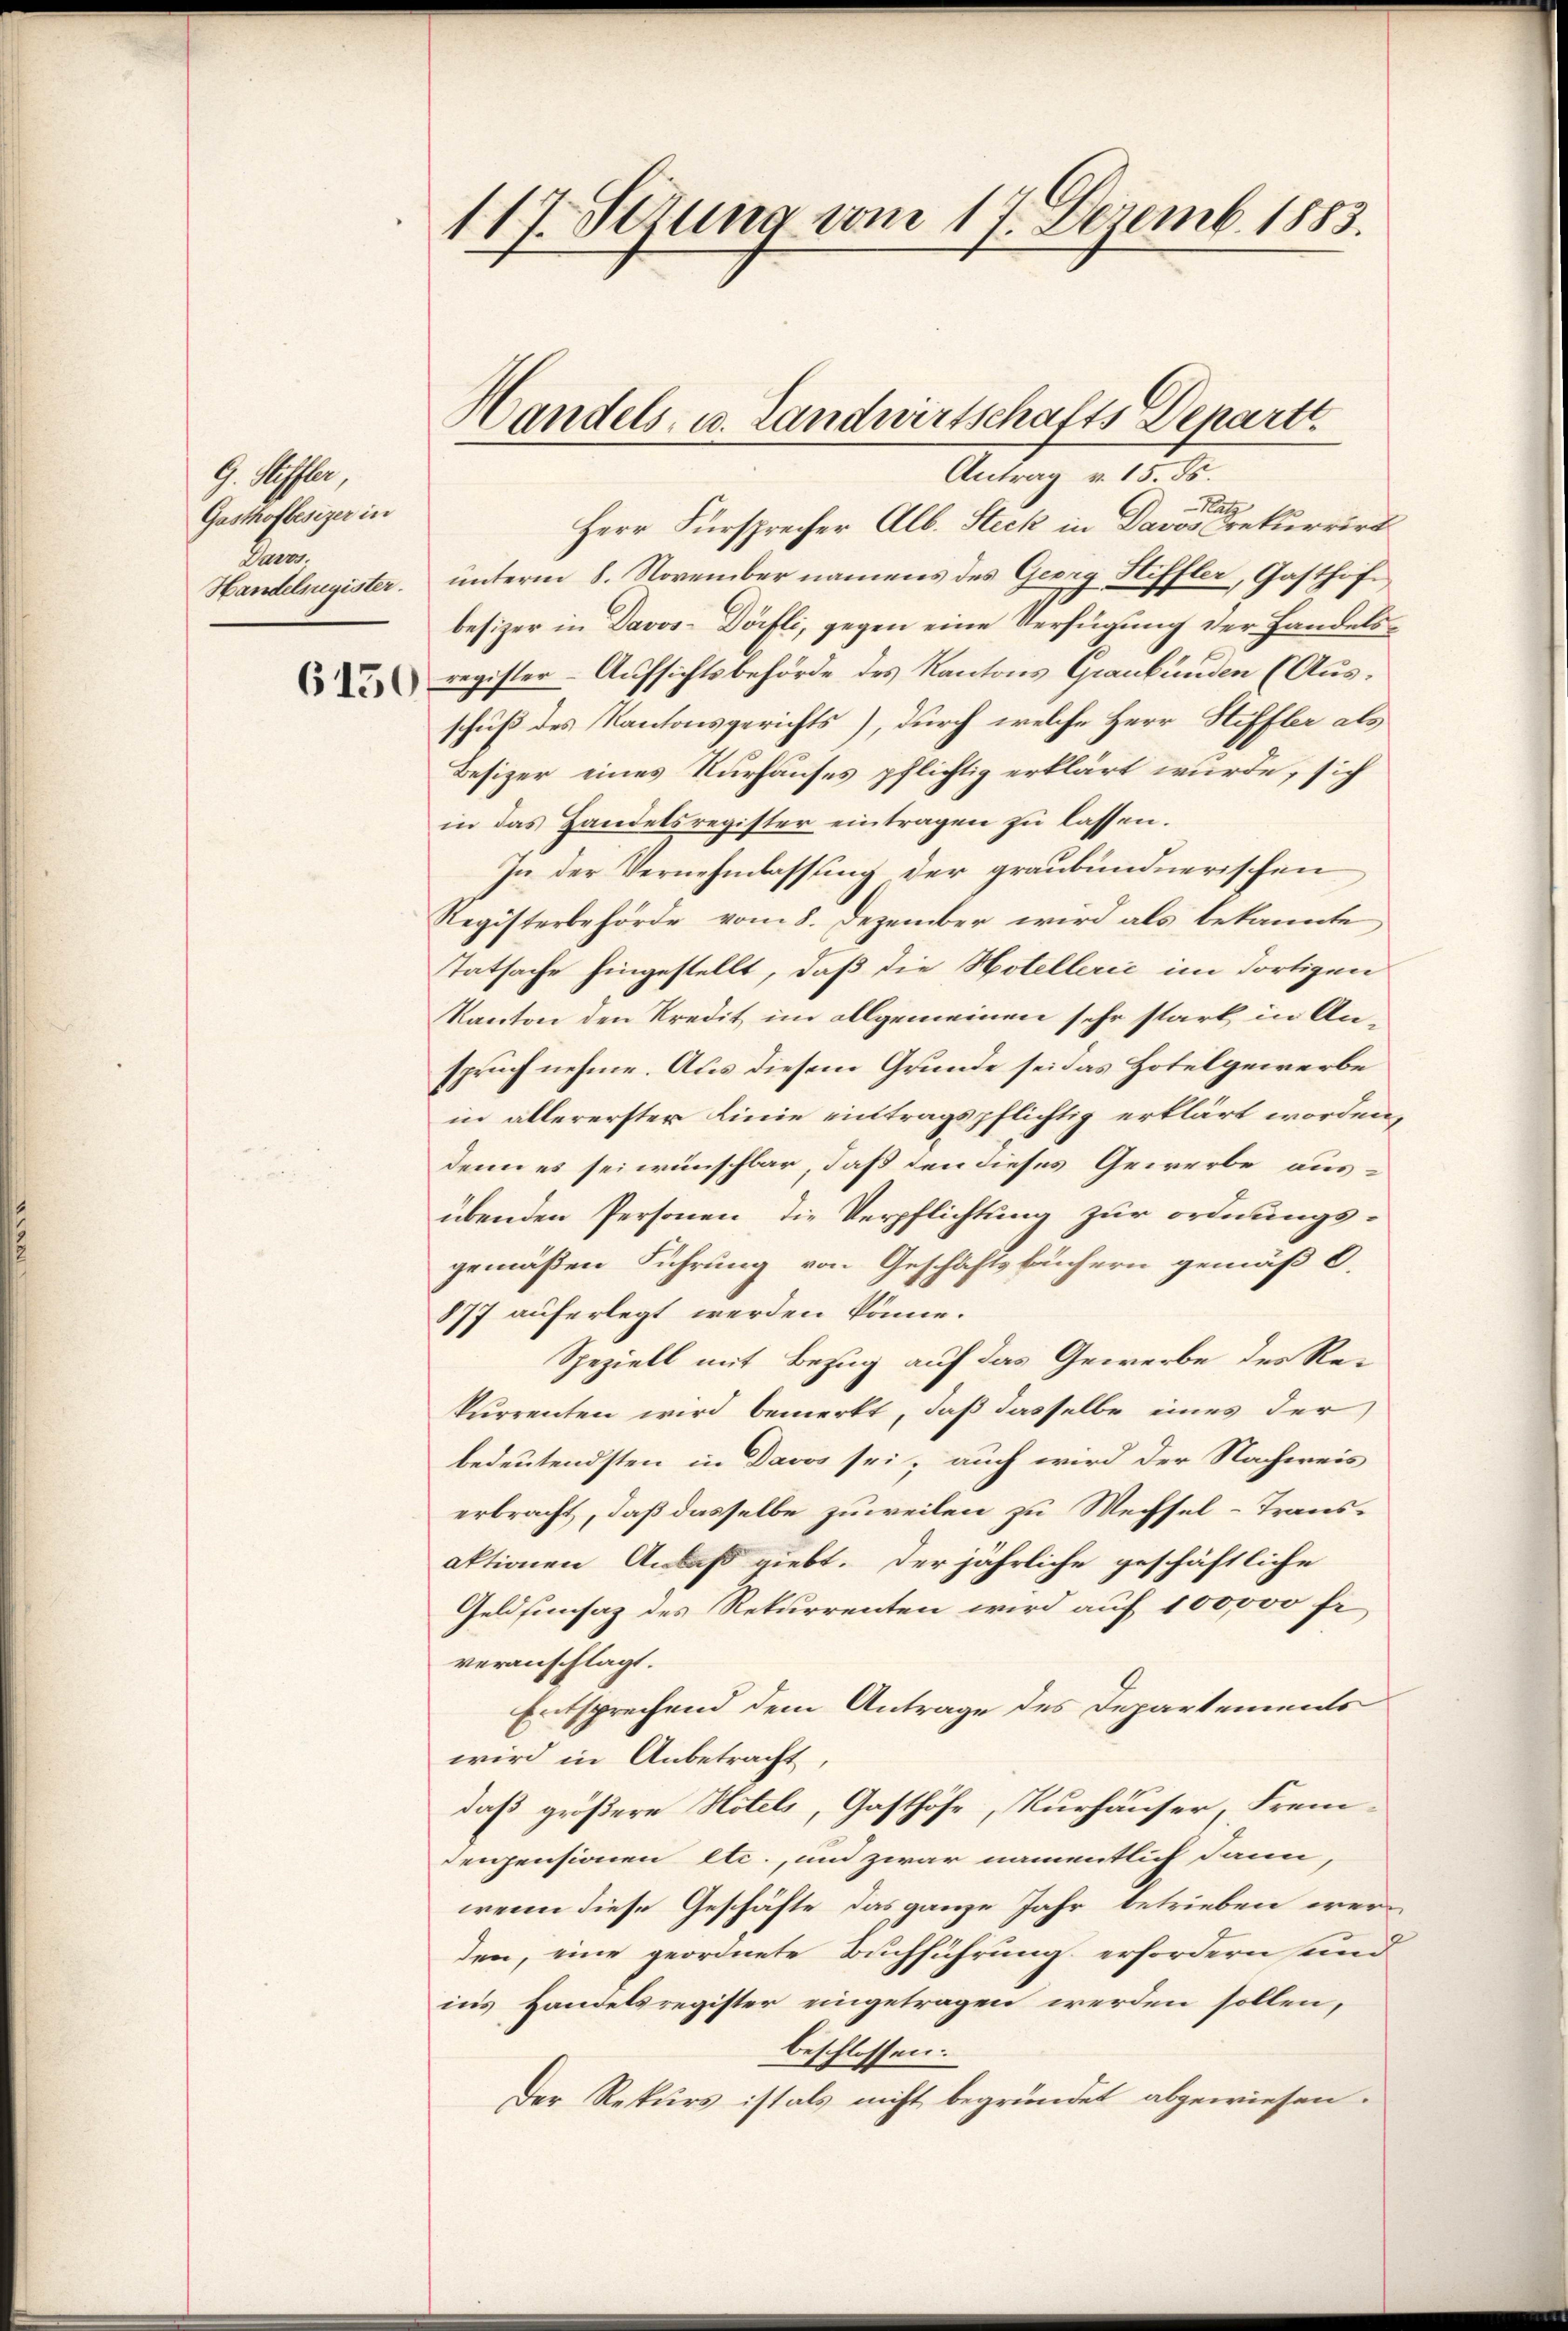
G. Riffler,
Gasthofbesizer in
Ahren.
Handelregister.

6150

117. Jesung vom 17. Dezemb. 1883.

Antrag v. 15. ds.
Ratz
Herr Fürsprecher Alb. Steck in Davos rekurrirt
unterm 8. November namens des Georg Hiffler, Gasthöfe
besizer in Davos- Dörfli, gegen eine Verfügung der Handelsregister Aufsichtsbehörde des Kantons Graubünden (Ausschuß des Kantonsgerichts), durch welche Herr Stiffler als
Besizer eines Kurhauses pflichtig erklärt wurde, sich
in das Handelsregister eintragen zu lassen.
zu der Vernehmlassung der graubündnerischen
Registerbehörde vom 8. Dezember wird als bekannte
Tatsache hingestellt, daß die Hotellerić im dortigen
Kanton den Kredit im allgemeinen sehr stark in Anspruch nehme. Aus diesem Grunde sei das Hotelgewerbe
in allererster Linie eintragspflichtig erklärt worden,
denn es sei wünschbar, daß den dieses Gewerbe ausübenden Personen die Verpflichtung zur ordnungs-
gemäßen Führung von Geschäftsbüchern gemäß 6.
877 auferlegt werden könne.
Speziell mit Bezug auf das Gewerbe des Rekurrenten wird bemerkt, daß dasselbe eines der
bedeutendsten in Davos sei, auch wird der Nachweis
erbracht, daß dasselbe zuweilen zu Wechsel-Transaktionen Anlaß giebt. Der jährliche geschäftliche
Geldsunsaz des Rekurrenten wird auf 100000 fr
veranschlagt.
Entsprechend dem Antrage des Departements
wird in Anbetracht
daß größere Hotels, Gasthöfe, Kurhäuser, Frem-
denpensionen etc., und zwar namentlich dann,
wenn diese Geschäfte das ganze Jahr betrieben werden, eine geordnete Buchführung erfordern und
ins Handelsregister eingetragen werden sollen,
beschlossen.
Der Rekurs ist als nicht begründet abgewiesen.

Handels- u. Landwirtschafts Departe